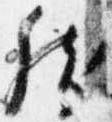
然